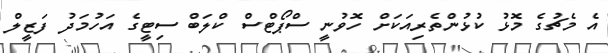
އެ މެޗުގެ މޮޅު ކުޅުންތެރިއަކަށް ހޮވުނީ ސްޕޯޓްސް ކްލަބް ސިޓީގެ އަހުމަދު ފަޒީލް